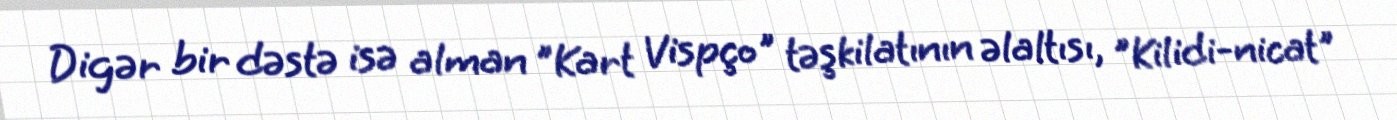
Digər bir dəstə isə alman "Kart Vispço" təşkilatının əlaltısı, "Kilidi-nicat"